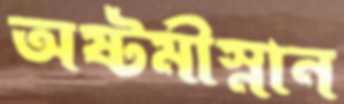
অষ্টমীস্নান